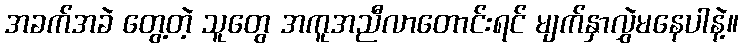
အခက်အခဲ တွေ့တဲ့ သူတွေ အကူအညီလာတောင်းရင် မျက်နှာလွှဲမနေပါနဲ့။